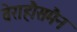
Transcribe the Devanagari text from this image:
वेराहौसमैन